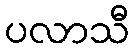
ပလာသီ